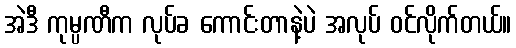
အဲဒီ ကုမ္ပဏီက လုပ်ခ ကောင်းတာနဲ့ပဲ အလုပ် ဝင်လိုက်တယ်။